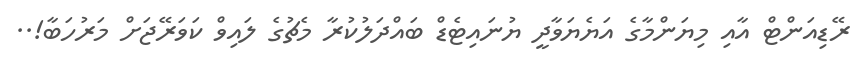
ރޭޑިއަންޓް އާއި މިޔަންމާގެ އަޔެޔަވާދީ ޔުނައިޓެޑް ބައްދަލުކުރާ މެޗުގެ ލައިވް ކަވަރޭޖަށް މަރުހަބާ!..